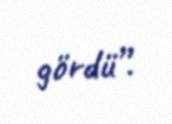
gördü”.